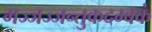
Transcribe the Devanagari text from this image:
मज्जज्जन्तुकदम्बकं